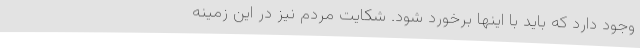
وجود دارد که باید با اینها برخورد شود. شکایت مردم نیز در این زمینه